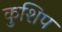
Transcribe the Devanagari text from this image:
कुशिप